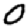
Digit: 0